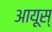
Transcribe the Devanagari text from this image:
आयूस्‌